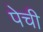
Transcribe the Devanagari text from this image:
पेची